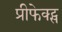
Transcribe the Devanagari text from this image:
प्रीफेक्ट्स